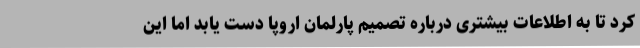
کرد تا به اطلاعات بیشتری درباره تصمیم پارلمان اروپا دست یابد اما این